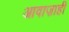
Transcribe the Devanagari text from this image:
आवाज़ाही